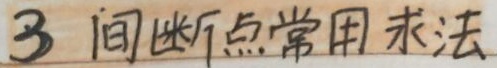
3 间断点常用求法